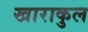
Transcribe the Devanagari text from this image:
खाराकुल